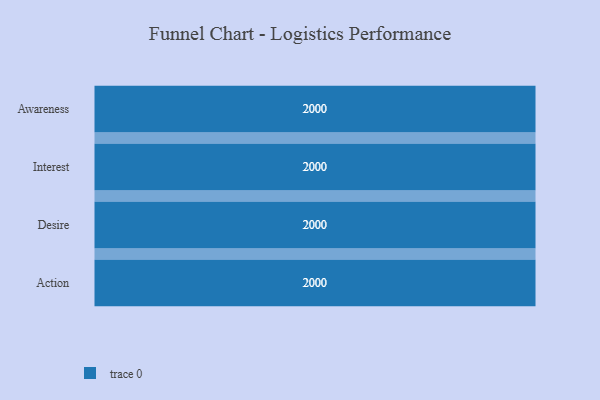
{"axis": {"x": "Stage", "y": "Value"}, "legend": [""], "data": [{"x": "Awareness", "y": 2000, "type": ""}, {"x": "Interest", "y": 2000, "type": ""}, {"x": "Desire", "y": 2000, "type": ""}, {"x": "Action", "y": 2000, "type": ""}]}